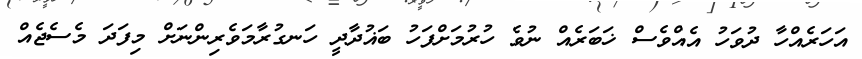
އަހަރެއްހާ ދުވަހު އެއްވެސް ޚަބަރެއް ނުވެ ހުރުމަށްފަހު ބަޣުދާދީ ހަނގުރާމަވެރިންނަށް މިފަދަ މެސެޖެއް